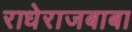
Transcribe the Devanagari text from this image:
राधेराजबाबा